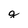
Character: g